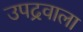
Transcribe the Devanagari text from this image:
उपद्रवाला